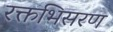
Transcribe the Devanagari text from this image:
रक्तभिसरण